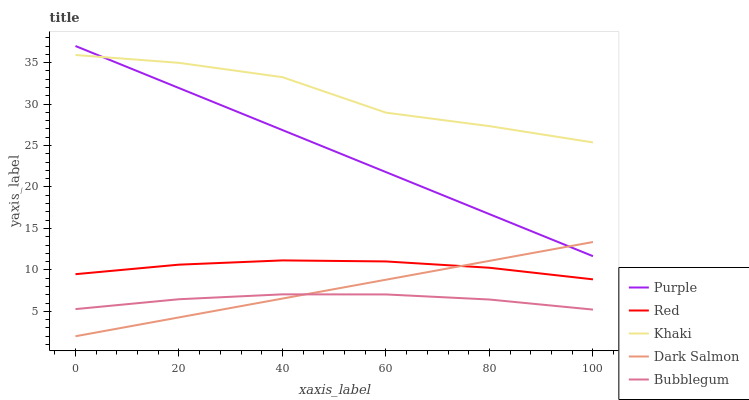
| xaxis_label | Purple | Red | Khaki | Dark Salmon | Bubblegum |
 | --- | --- | --- | --- | --- | --- |
 | 0 | 37 | 9.49 | 35.9 | 2 | 5.27 |
 | 20 | 31.9 | 10.6 | 35 | 4.27 | 6.46 |
 | 40 | 26.9 | 11.1 | 33.2 | 6.55 | 7.05 |
 | 60 | 21.8 | 11 | 29 | 8.82 | 7.04 |
 | 80 | 16.7 | 10.3 | 27.3 | 11.1 | 6.43 |
 | 100 | 11.7 | 8.86 | 25.4 | 13.4 | 5.22 |